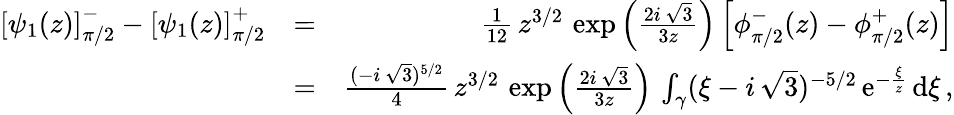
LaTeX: \begin{array}{rlr}{\left[\psi_{1}(z)\right]_{\pi/2}^{-}-\left[\psi_{1}(z)\right]_{\pi/2}^{+}}&{=}&{\frac{1}{12}\, z^{3/2}\, \exp\left(\frac{2i\, \sqrt{3}}{3z}\right)\left[\phi_{\pi/2}^{-}(z)-\phi_{\pi/2}^{+}(z)\right]}\\ &{=}&{\frac{(-i\, \sqrt{3})^{5/2}}{4}\, z^{3/2}\, \exp\left(\frac{2i\, \sqrt{3}}{3z}\right)\, \int_{\gamma}(\xi-i\, \sqrt{3})^{-5/2}\, \mathrm{e}^{-\frac{\xi}{z}}\, \mathrm{d}\xi\, ,}\end{array}